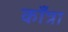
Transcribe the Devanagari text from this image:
काँत्रा